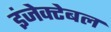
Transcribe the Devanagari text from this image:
इंजेक्टेबल